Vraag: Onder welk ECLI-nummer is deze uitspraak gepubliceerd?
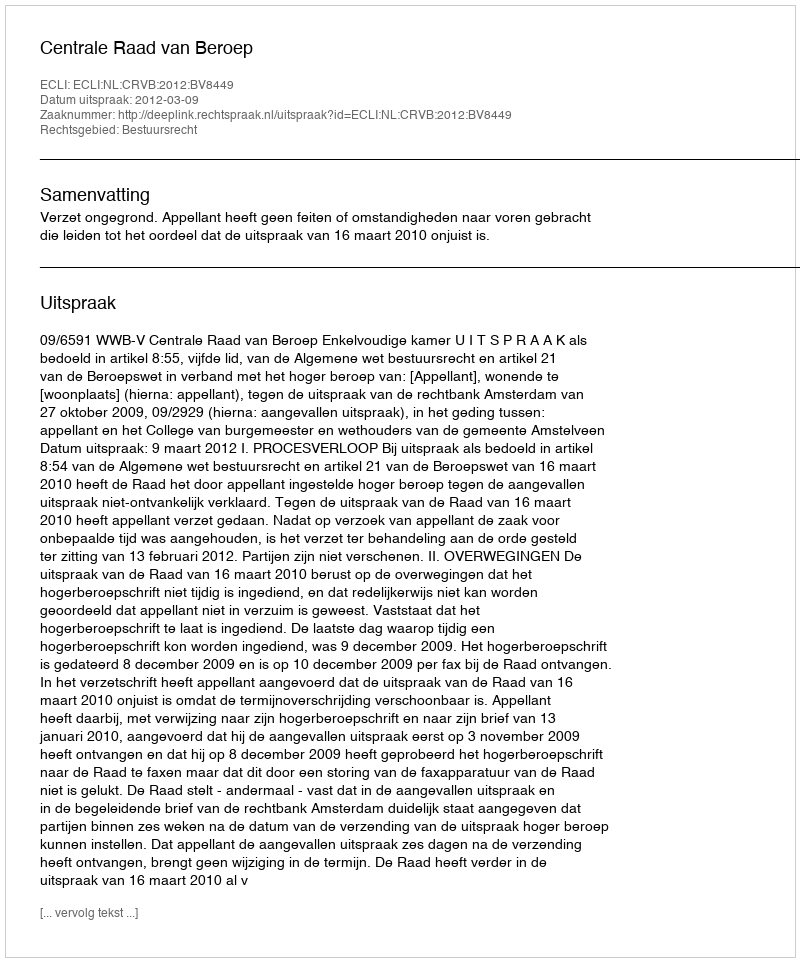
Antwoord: ECLI:NL:CRVB:2012:BV8449